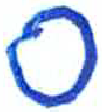
אות: ס